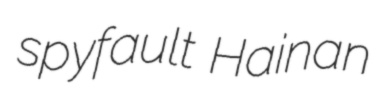
spyfault Hainan